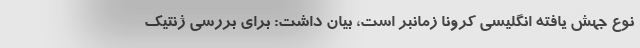
نوع جهش یافته انگلیسی کرونا زمانبر است، بیان داشت: برای بررسی ژنتیک